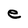
Character: e